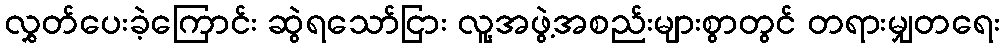
လွှတ်ပေးခဲ့ကြောင်း ဆွဲရသော်ငြား လူ့အဖွဲ့အစည်းများစွာတွင် တရားမျှတရေး